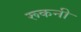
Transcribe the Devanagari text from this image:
रूकनी